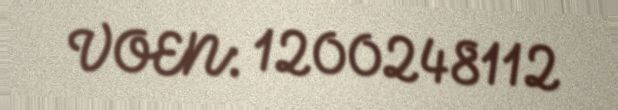
VOEN: 1200248112